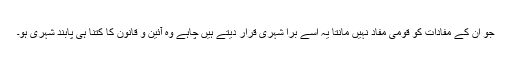
جو ان کے مفادات کو قومی مفاد نہیں مانتا یہ اسے برا شہری قرار دیتے ہیں چاہے وہ آئین و قانون کا کتنا ہی پابند شہری ہو۔